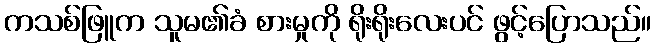
ကသစ်ဖြူက သူမ၏ခံ စားမှုကို ရိုးရိုးလေးပင် ဖွင့်ပြောသည်။